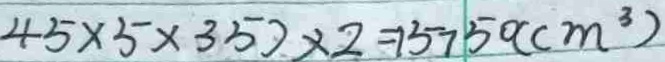
4 5 \times 5 \times 3 5 ) \times 2 = 1 5 7 5 0 ( c m ^ { 3 } )